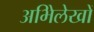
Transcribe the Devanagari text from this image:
अभिेलेखों